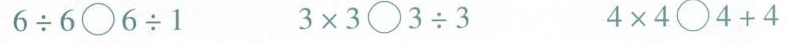
$$6 \div 6 \circ 6 \div 1$$ $$3 \times 3 \circ 3 \div 3$$ $$4 \times 4 \circ 4 + 4$$